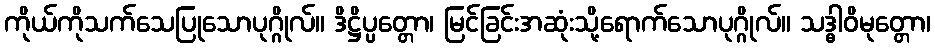
ကိုယ်ကိုသက်သေပြုသောပုဂ္ဂိုလ်။ ဒိဋ္ဌိပ္ပတ္တော၊ မြင်ခြင်းအဆုံးသို့ရောက်သောပုဂ္ဂိုလ်။ သဒ္ဓါဝိမုတ္တော၊